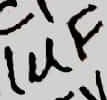
Text: 1µF